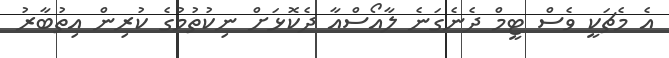
އެ މެޗަކީ ވެސް ޓީމް ދެނެގަނެ ލާއޯސްއާ ދެކޮޅަށް ނިކުތުމުގެ ކުރިން އިތުބާރު